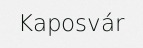
Kaposvár